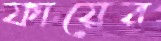
ফায়ের